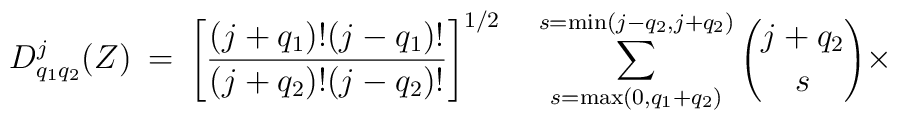
D^{j}_{q_1   q_2}(Z)\: =\:\left[\frac{(j+q_1 )! (j-q_1 )!}{(j+q_2)! (j-q_2 )!}\right]^{1/2}\quad\sum_{s=\max (0,q_1 +q_2 )}^{s=\min (j-q_2 , j+q_2 )}{j+q_2 \choose s}\times